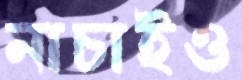
নাচাইও